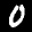
Label: 0